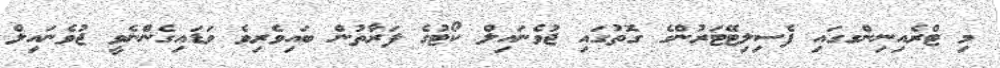
މި ޓްރެއިނިންގގައި ފެސިލިޓޭޓަރުންގެ ގޮތުގައި ޖުވެނައިލް ކޯޓުގެ ފަރާތުން ބައިވެރިވެ ވަޑައިގެންނެވީ ޖުވެނައިލް